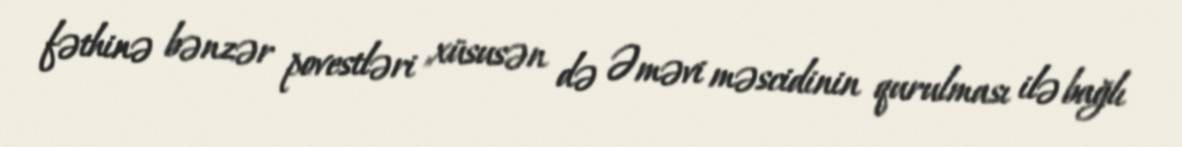
fəthinə bənzər povestləri ,xüsusən də Əməvi məscidinin qurulması ilə bağlı